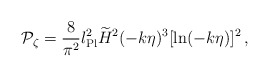
\begin{align*}{\cal P}_{\zeta} = {8\over\pi^2} l_{\rm Pl}^2\widetilde{H}^2 (-k\eta)^3[\ln(-k\eta)]^2 \, ,\end{align*}